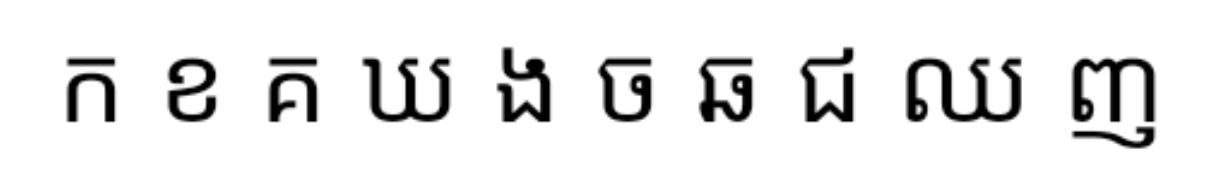
ក ខ គ ឃ ង ច ឆ ជ ឈ ញ